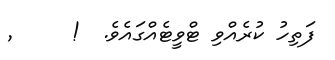
ފަތިހު ކުރެއްވި ޓްވީޓެއްގައެވެ.  !